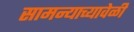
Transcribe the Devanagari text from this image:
सामन्याच्यावेळी